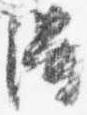
得